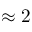
\approx 2